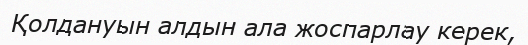
Қолдануын алдын ала жоспарлау керек,